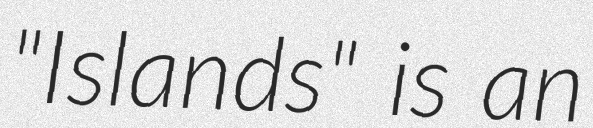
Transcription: "Islands" is an